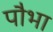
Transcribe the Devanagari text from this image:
पौभा